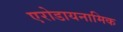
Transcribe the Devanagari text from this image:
एरोडायनामिक